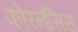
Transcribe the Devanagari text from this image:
फोरनॅसिस